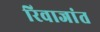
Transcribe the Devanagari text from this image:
रिवाजांत